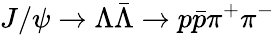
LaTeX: J/\psi\to\Lambda\bar{\Lambda}\to p\bar{p}\pi^{+}\pi^{-}